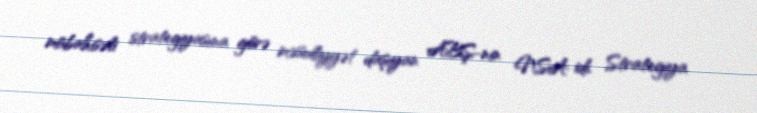
mübahisəli strategiyasına görə məsuliyyət daşıyan ABŞ-nin NSA idi. Strategiya